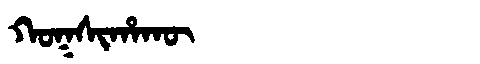
Manchu: ᡴᠣᡴᠰᡳᡥᠠᡴᡡ
Romanization: KOKSIHAKŪ